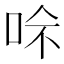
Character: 𠲇